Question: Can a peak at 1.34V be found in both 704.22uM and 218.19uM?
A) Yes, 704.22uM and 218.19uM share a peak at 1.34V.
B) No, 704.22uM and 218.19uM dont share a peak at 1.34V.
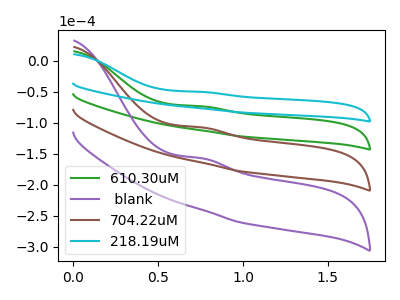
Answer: <think>The green curve "610.30uM" has an anodic peak at: (0.75V, -73.60uA). The purple curve " blank" has an anodic peak at: (0.75V, -220.85uA). The brown curve "704.22uM" has an anodic peak at: (0.75V, -147.25uA). The cyan curve "218.19uM" has an anodic peak at: (0.75V, -50.35uA).</think>
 <answer>B) No, "704.22uM" and "218.19uM" dont share a peak at 1.34V.</answer>
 <eval>B</eval>